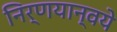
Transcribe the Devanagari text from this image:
निर्णयान्वये